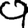
Digit: 9